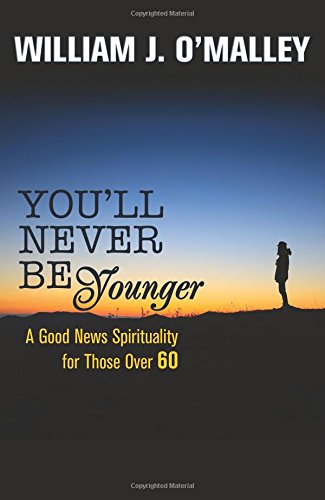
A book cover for You'll Never Be Younger: A Good News Spirituality for Those Over Sixty; William J. O'Malley; Christian Books & Bibles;